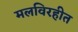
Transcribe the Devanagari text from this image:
मलविरहीत